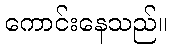
ကောင်းနေသည်။